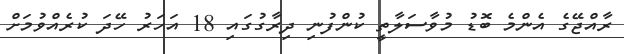
ރާއްޖޭގެ އެންމެ ބޮޑު މުވާސަލާތީ ކުންފުނި ދިރާގުގައި 18 އަހަރު ހޭދަ ކުރެއްވުމަށް